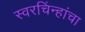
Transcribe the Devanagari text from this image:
स्वरचिंन्हांचा